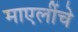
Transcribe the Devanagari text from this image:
माएलींचे